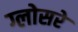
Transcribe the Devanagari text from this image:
ग्लोसरे